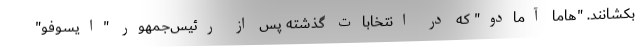
بکشانند. "هاما آمادو" که در انتخابات گذشته پس از رئیس‌جمهور "ایسوفو"